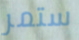
ستمر